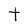
Character: t